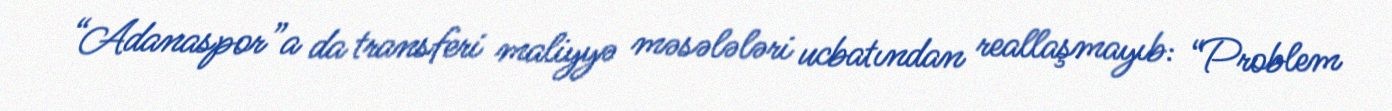
“Adanaspor”a da transferi maliyyə məsələləri ucbatından reallaşmayıb: “Problem